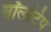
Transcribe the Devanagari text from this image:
वॉलट्रिप